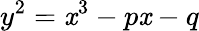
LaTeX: y^{2}=\mathit{x}^{3}-p\mathit{x}-q